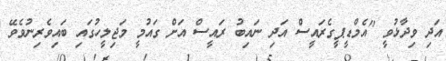
އަދި ވިދާޅުވީ "އެމްޑީޕީގެރައީސް އަދި ނައިބު ރައީސް އަށް ގައުމީ މަޖިލީހުގައި ބައިވެރިނުވެވޭ